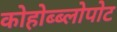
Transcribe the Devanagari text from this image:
कोहोब्ब्लोपोट